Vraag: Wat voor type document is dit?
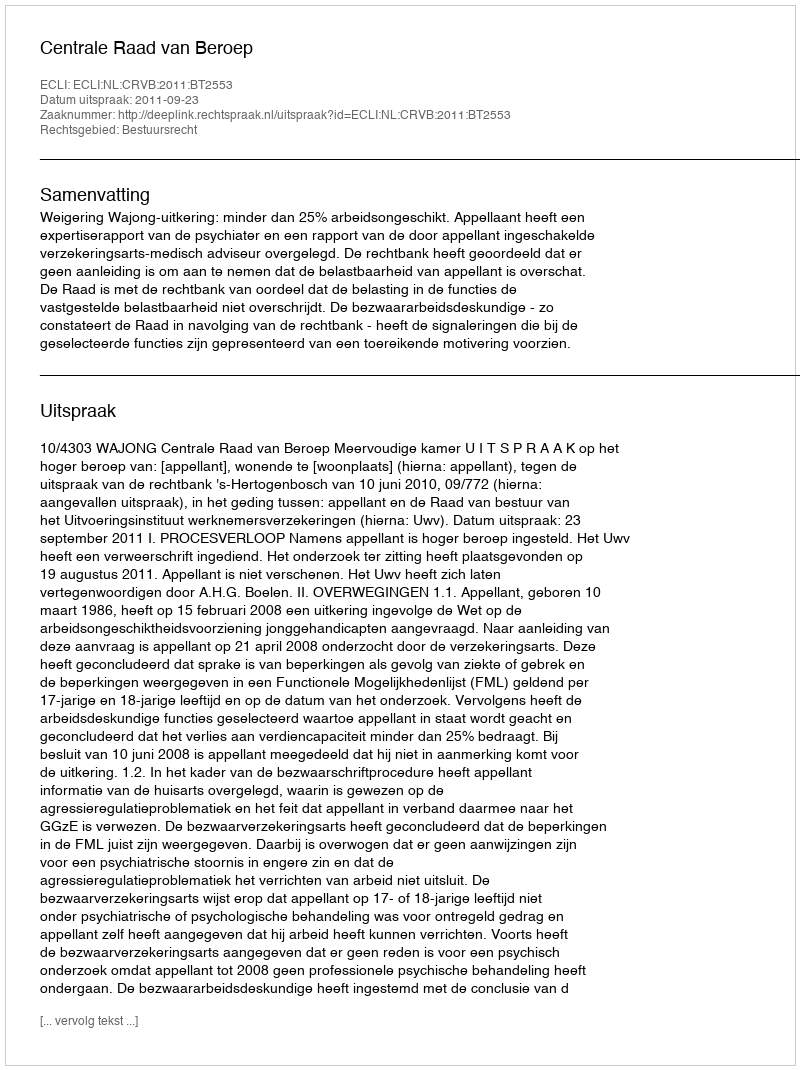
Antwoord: Uitspraak